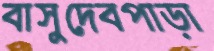
বাসুদেবপাড়া